Mental hospitals Bombay report 1921-28 - 1921-1928
Year: 1921
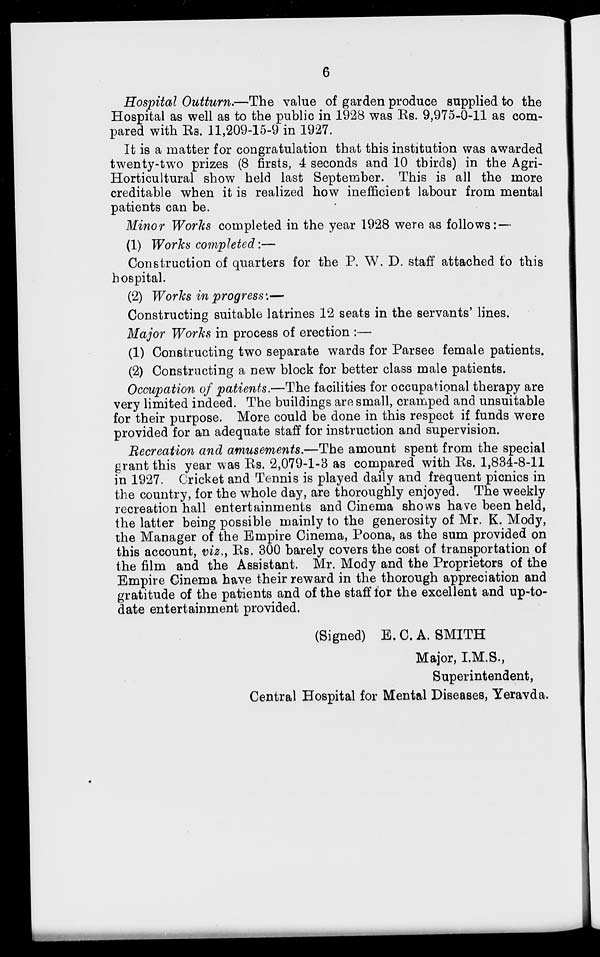
6
Hospital Outturn.—The value of garden produce supplied to the
Hospital as well as to the public in 1928 was Rs. 9,975-0-11 as com-
pared with Rs. 11,209-15-9 in 1927.
It is a matter for congratulation that this institution was awarded
twenty-two prizes (8 firsts, 4 seconds and 10 thirds) in the Agri¬
Horticultural show held last September. This is all the more
creditable when it is realized how inefficient labour from mental
patients can be.
Minor Works completed in the year 1928 were as follows: —
(1) Works completed:—
Construction of quarters for the P. W. D. staff attached to this
hospital.
(2) Works in progress :—
Constructing suitable latrines 12 seats in the servants' lines.
Major Works in process of erection :—
(1) Constructing two separate wards for Parsee female patients.
(2) Constructing a new block for better class male patients.
Occupation of patients.—The facilities for occupational therapy are
very limited indeed. The buildings are small, cramped and unsuitable
for their purpose. More could be done in this respect if funds were
provided for an adequate staff for instruction and supervision.
Recreation and amusements.—The amount spent from the special
grant this year was Rs. 2,079-1-3 as compared with Rs. 1,834-8-11
in 1927. Cricket and Tennis is played daily and frequent picnics in
the country, for the whole day, are thoroughly enjoyed. The weekly
recreation hall entertainments and Cinema shows have been held,
the latter being possible mainly to the generosity of Mr. K. Mody,
the Manager of the Empire Cinema, Poona, as the sum provided on
this account, viz., Rs. 300 barely covers the cost of transportation of
the film and the Assistant. Mr. Mody and the Proprietors of the
Empire Cinema have their reward in the thorough appreciation and
gratitude of the patients and of the staff for the excellent and up-to¬
date entertainment provided.
(Signed) E. C. A. SMITH
Major, I.M.S.,
Superintendent,
Central Hospital for Mental Diseases, Yeravda.